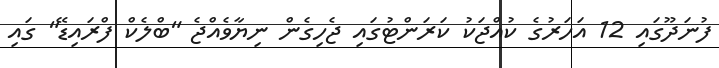
ފުނަދޫގައި 12 އަހަރުގެ ކުއްޖަކު ކަރަންޓުގައި ޖެހިގެން ނިޔާވެއްޖެ "ބްލެކް ފްރައިޑޭ" ގައި